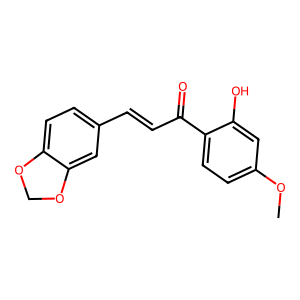
SMILES: COc1ccc(C(=O)C=Cc2ccc3c(c2)OCO3)c(O)c1
Inhibits HIV replication: No